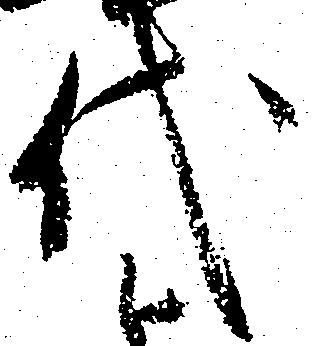
代